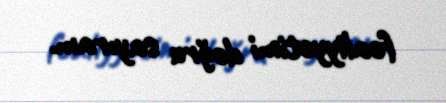
fəaliyyətimi doğru sayıram.